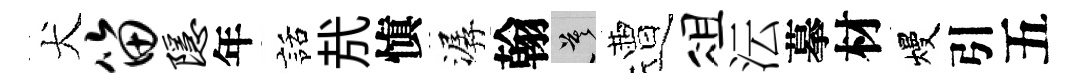
犬笛隐年話㢤愼潺翰莫遭俎沄摹材熳引五